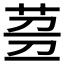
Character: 𱽧